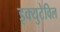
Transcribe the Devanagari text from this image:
इक्युटेविल